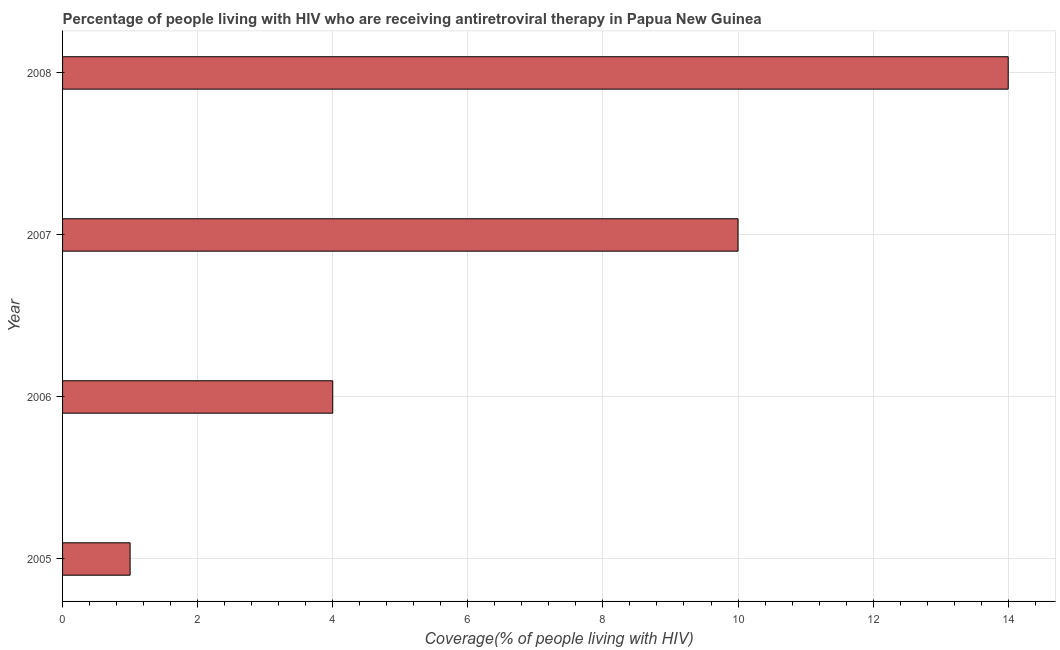
| Year | Antiretroviral therapy coverage |
 | --- | --- |
 | 2005 | 1 |
 | 2006 | 4 |
 | 2007 | 10 |
 | 2008 | 14 |